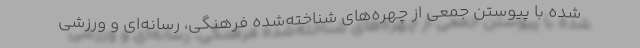
شده با پیوستن جمعی از چهره‌های شناخته‌شده فرهنگی، رسانه‌ای و ورزشی